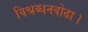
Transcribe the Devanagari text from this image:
विश्रब्धनवोढा।